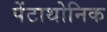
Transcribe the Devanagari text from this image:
पेंटाथोनिक